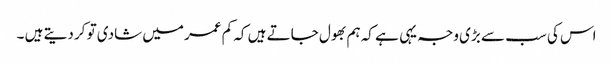
اس کی سب سے بڑی وجہ یہی ہے کہ ہم بھول جاتے ہیں کہ کم عمر میں شادی تو کر دیتے ہیں ۔